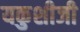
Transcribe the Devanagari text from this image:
यकुशीजी